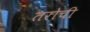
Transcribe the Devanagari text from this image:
तरोची